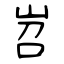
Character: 岧